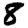
Digit: 8